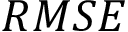
R M S E